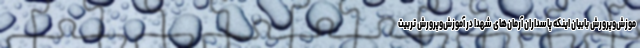
موزش‌وپرورش بابیان اینکه پاسداران آرمان‌های شهدا در آموزش‌وپرورش تربیت